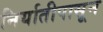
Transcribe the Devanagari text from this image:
निर्यातीपासून